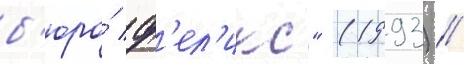
б'юро́ ф'ел'икс" (1993) //